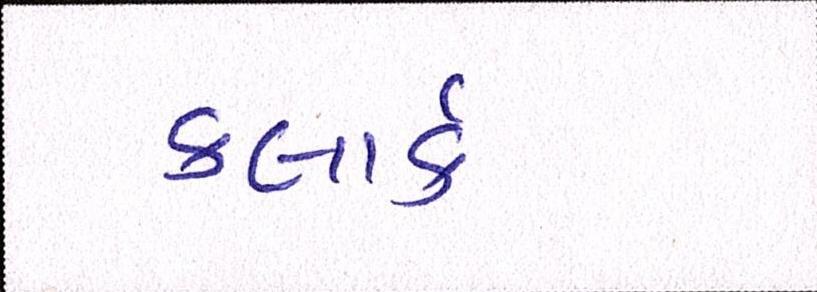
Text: કલાર્ક